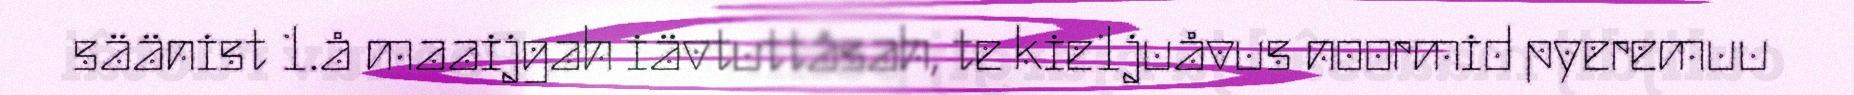
säänist 1.å maaijgah iävtuttåsah, te kie1juåvus noormid pyeremuu